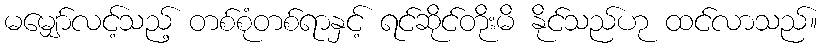
မမျှော်လင့်သည့် တစ်စုံတစ်ရာနှင့် ရင်ဆိုင်တိုးမိ နိုင်သည်ဟု ထင်လာသည်။